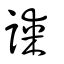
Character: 謀